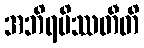
အဘိရမိဿတီတိ